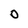
Character: O